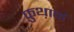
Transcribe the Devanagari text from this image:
फ़ुथ़ार्क